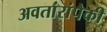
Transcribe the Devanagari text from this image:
अवतांरांपैकीं